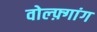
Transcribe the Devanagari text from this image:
वोल्फ़्गांग